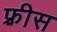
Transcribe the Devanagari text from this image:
फ़्रीस